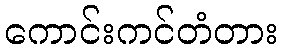
ကောင်းကင်တံတား